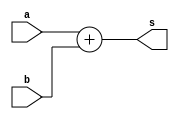
`timescale 1ns / 1ps
//////////////////////////////////////////////////////////////////////////////////
// Company: 
// Engineer: 
// 
// Design Name: 
// Module Name: adder
// Project Name: 
// Target Devices: 
// Tool Versions: 
// Description: 
// 
// Dependencies: 
// 
// Revision:
// Revision 0.01 - File Created
// Additional Comments:
// 
//////////////////////////////////////////////////////////////////////////////////


module adder
    #(parameter width = 32)
    (input [width-1 : 0] a,
     input [width-1 : 0] b,
     output [width-1 : 0] s
    );
    assign s = a + b;
endmodule